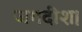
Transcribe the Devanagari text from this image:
जगदीश।